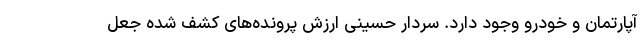
آپارتمان و خودرو وجود دارد. سردار حسینی ارزش پرونده‌های کشف شده جعل